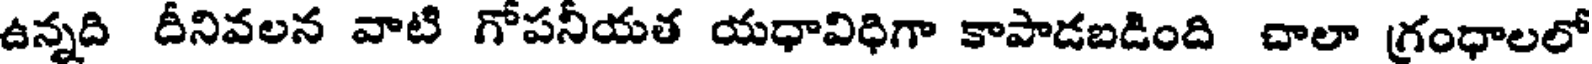
ఉన్నది దీనివలన వాటి గోపనీయత యధావిధిగా కాపాడబడింది దాలా గ్రంధాలలో